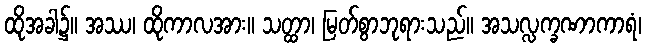
ထိုအခါ၌။ အဿ၊ ထိုကာလအား။ သတ္ထာ၊ မြတ်စွာဘုရားသည်။ အသလ္လက္ခဏာကာရံ၊